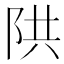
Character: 䧆